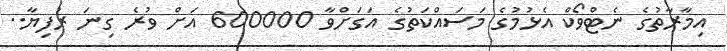
އިމާރާތުގެ ނެޓްވޯކް އެޅުމުގެ މަސައްކަތުގެ އަގަށްވާ 600000 އަށް ވުރެ ގިނަ ރުފިޔާ..